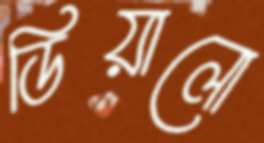
ডিয়ালো